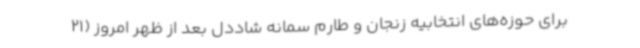
برای حوزه‌های انتخابیه زنجان و طارم سمانه شاددل بعد از ظهر امروز (21